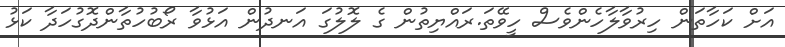
އަށް ކަހާތަން ހިރުވާލާހެންވެސް ހީވޭތަ.ރައްޔިތުން ގެ ލޮލުގަ އަނދުން އަޅުވާ ރޯބުހުތާންދޮގުހަދާ ކަޅު